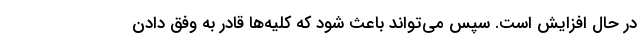
در حال افزایش است. سپس می‌تواند باعث شود که کلیه‌ها قادر به وفق دادن